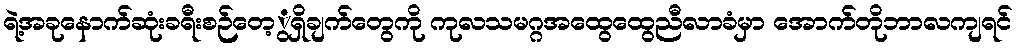
ရဲ့အခုနောက်ဆုံးခရီးစဉ်တေ့ွရှိချက်တွေကို ကုလသမဂ္ဂအထွေထွေညီလာခံမှာ အောက်တိုဘာလကျရင်